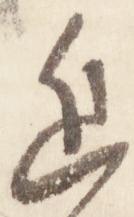
進